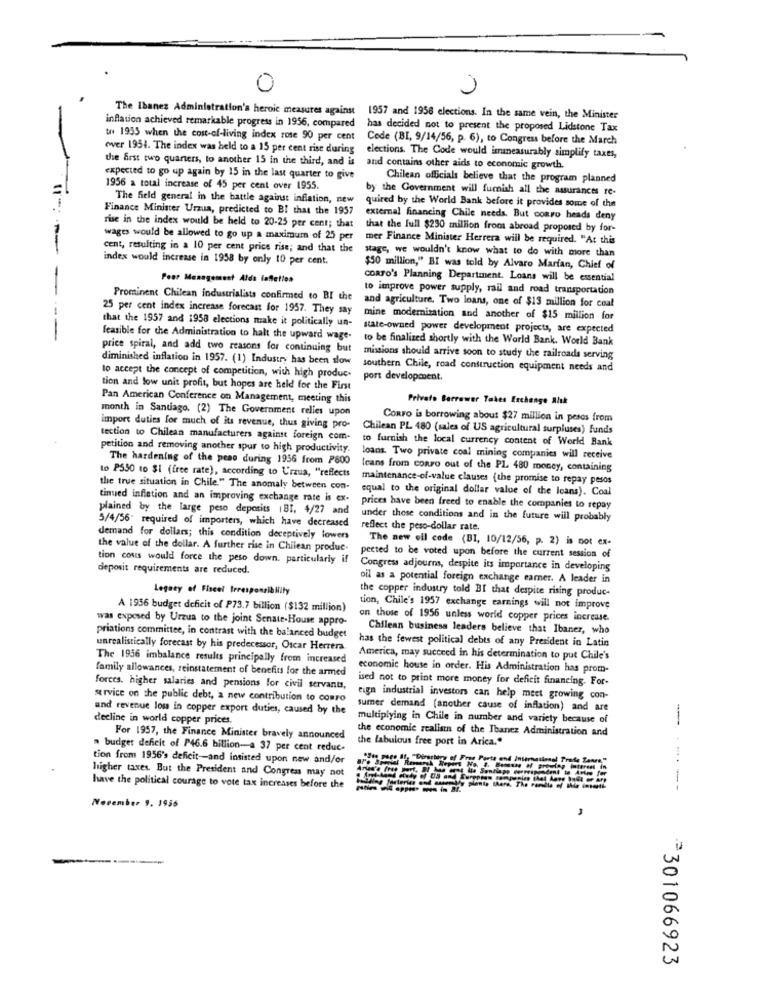
0
The Ibanez Administration's heroic measures against 1957 and 1958 elections. In the same vein, the Minister
inflation achieved remarkable progress in 1956, compared
has decided not to present the proposed Lidstone Tax
tn 1955 when the cost-of-living index rose 90 per cent
Code (BI, 9/14/56, p. 6), to Congress before the March
over 1954. The index was held to a 15 per cent rise during
elections. The Code would imameasurably simplify taxes,
the first two quarters, to another 15 in the third, and is and contains other aids to economic growth.
expected to go up again by 15 in the last quarter to give
Chilean officials believe that the program planned
1956 a total increase of 45 per cent over 1955.
by the Government will furnish all the assurances re-
The field general in the battle against inflation, new
.. .
Finance Minister Urzua, predicted to B! that the 1957
quired by the World Bank before it provides some of the
external financing Chile needs. But coaro heads deny
rise in the index would be held to 20-25 per cent; that
that the Full $230 million from abroad proposed by for-
wages would be allowed to go up a maximum of 25 per
mer Finance Minister Herrera will be required. "At this
cent, resulting in a 10 per cent price rise; and that the
index would increase in 1958 by only 10 per cent.
stage, we wouldn't know what to do with more than
$50 million," BI was told by Alvaro Marfan, Chief of
Peer Management Alds laftetlos
CORTO's Planning Department. Loans will be essential
-
to improve power supply, rail and road transportation
Prominent Chilean industrialists confirmed to BI the
and agriculture. Two loans, one of $13 million for coal
25 per cent index increase forecast for 1957. They say
that the 1957 and 1958 elections make it politically un-
mine modernization and another of $15 million for
state-owned power development projects, are expected
--
feasible for the Administration to halt the upward wage-
to be finalized shortly with the World Bank. World Bank
price spiral, and add two reasons for continuing but
diminished inflation in 1957. (1) Industry has been slow
missions should arrive soon to study the railroads serving
southern Chile, road construction equipment needs and
to accept the concept of competition, with high produc.
port development.
tion and low unit profit, but hopes are held for the First
Pan American Conference on Management, meeting this
Privato Borrower Takes Exchange Alık
month in Santiago. (2) The Government relies upon
CoRro is borrowing about $27 million in pesos from
import duties for much of its revenue, thus giving pro-
Chilean PL 480 (sales of US agricultural surpluses) funds
tection to Chilean manufacturers against foreign com-
to furnish the local currency content of World Bank
petition and removing another spur to high productivity.
The hardening of the peso during 1956 from P800
loans. Two private coal mining companies will receive
to P550 to $1 (free rate), according to U'rzua, "reflects
leans from conro out of the PL 480 money, containing
maintenance-of-value clauses (the promise to repay pesos
the true situation in Chile." The anomaly between con-
equal to the original dollar value of the loans). Coal
tinued inflation and an improving exchange rate is ex-
plained by the large peso deposits IBI, 4/27 and
prices have been freed to enable the companies to repay
5/4/56* required of importers, which have decreased
under these conditions and in the future will probably
reflect the peso-dollar rate.
demand for dollars; this condition deceptively lowers
The new ell code (BI, 10/12/56, p. 2) is not ex-
the value of the dollar. A further rise in Chilean produe-
tion couts would force the peso down. particularly
pected to be voted upon before the current session of
deposit requirements are reduced.
Congress adjourns, despite its importance in developing
oil as a potential foreign exchange earner. A leader in
Legacy of Fiscel Irresponsibility
the copper industry told BI that despite rising produc-
A 1956 budget deficit of P73.7 billion ($132 million)
tion, Chile's 1957 exchange earnings will not improve
was exposed by Urzua to the joint Senate-House appro-
on those of 1956 unless world copper prices increase.
Chilean business leaders believe that Ibanez, who
priations committee, in contrast with the balanced budget
has the fewest political debts of any President in Latin
unrealistically forecast by his predecessor, Oscar Herrera.
The 1956 imbalance results principally from increased
America, may succeed in his determination to put Chile's
family allowances, reinstatement of benefits for the armed
economic house in order. His Administration has prom-
ised not to print more money for deficit financing. For-
forces, higher salaries and pensions for civil servants,
service on the public debt, a new contribution to comro
eign industrial investors can help meet growing con-
and revenue loss in copper export duties, caused by the
summer demand (another cause of inflation) and are
decline in world copper prices.
multiplying in Chile in number and variety because of
the economic realism of the Ibanez Administration and
For 1957, the Finance Minister bravely announced
the fabulous free port in Arica."
" budget deficit of P46.6 billion-a 37 per cent reduc.
tion from 1956's deficit-and insisted upon new and/or
Zis pees If, "Directory of Fron Porta ond International Trade Zenre."
higher taxes. But the President and Congress may not
have the political courage to vote tax increases before the
Milag Parteride ond assembly plente there. The ramdla of While insenti
------
November 9. 1956
3
2301066923